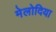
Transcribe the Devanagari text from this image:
मेलोदिया